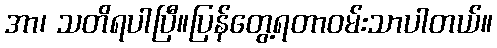
အာ၊ သတိရပါပြီ။ပြန်တွေ့ရတာဝမ်းသာပါတယ်။